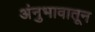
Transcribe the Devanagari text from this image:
अंनुभावातून